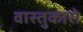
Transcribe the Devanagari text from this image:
वास्तुकारो